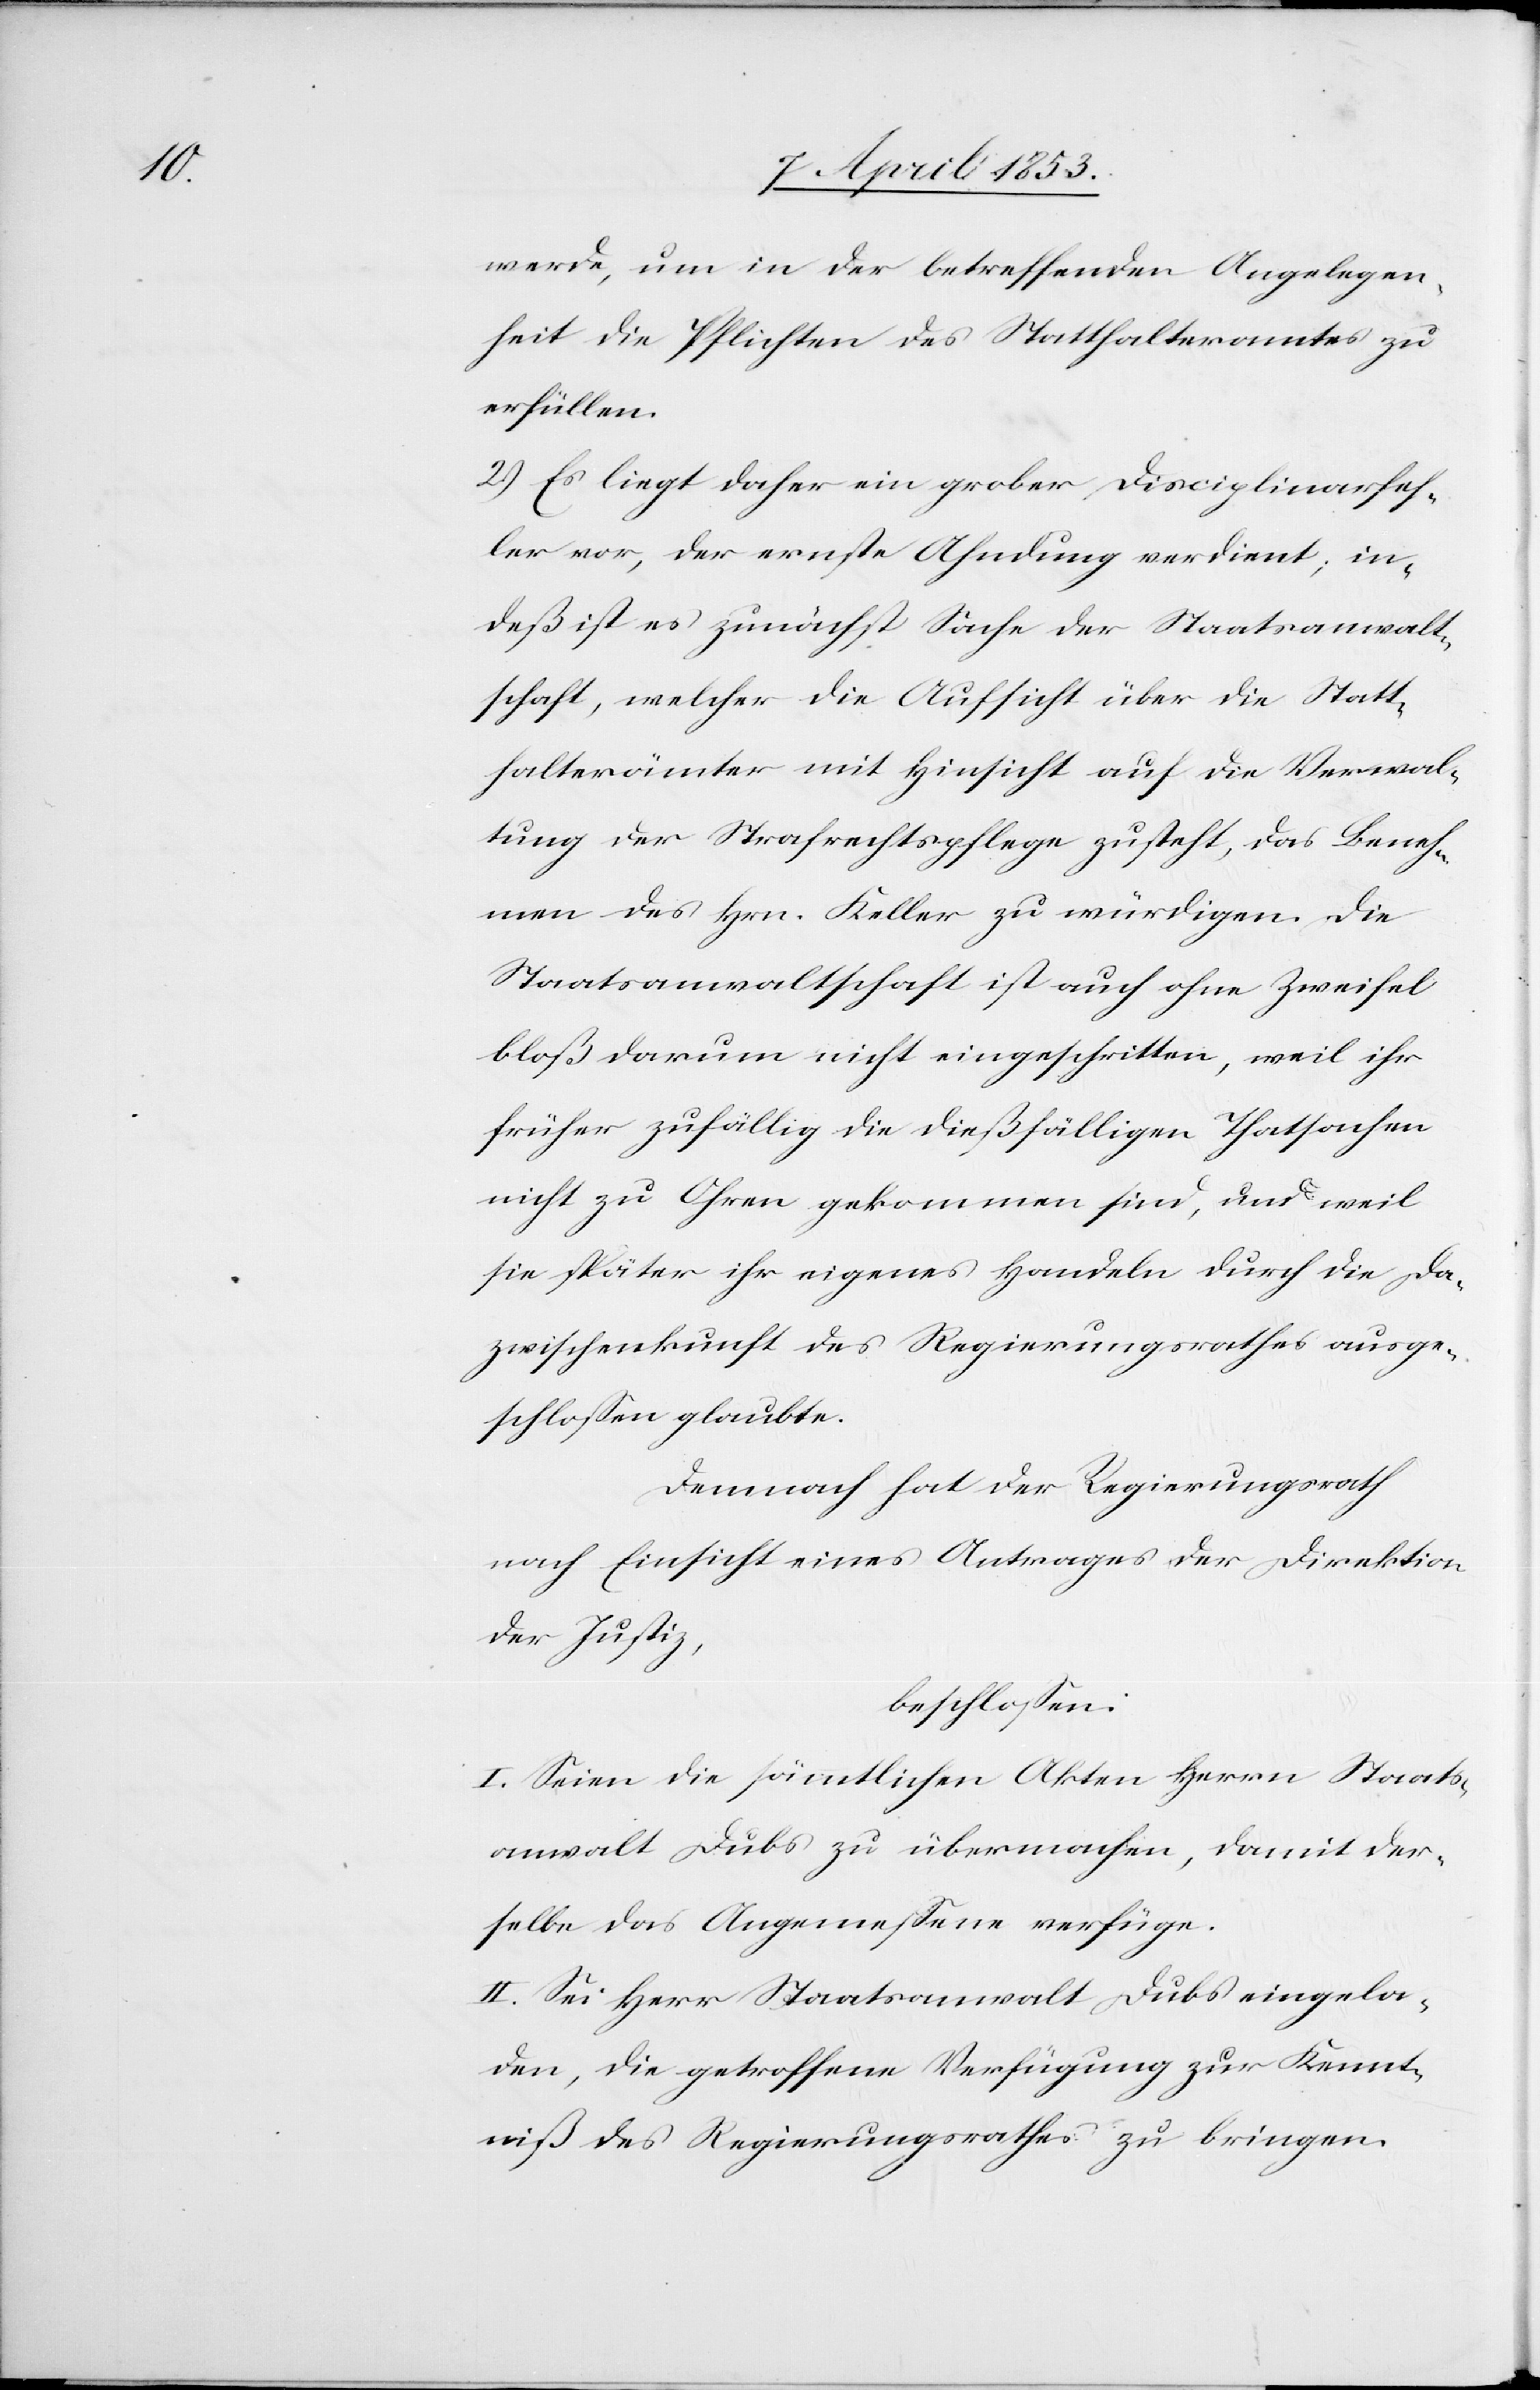
werde, um in der betreffenden Angelegen¬
heit die Pflichten des Statthalteramtes zu
erfüllen.
2.) Es liegt daher ein grober Disciplinarfeh¬
ler vor, der ernste Ahndung verdient, in¬
deß ist es zunächst Sache der Staatsanwalt¬
schaft, welcher die Aufsicht über die Statt¬
halterämter mit Hinsicht auf die Verwal¬
tung der Strafrechtspflege zusteht, das Beneh¬
men des Hrn. Keller zu würdigen. Die
Staatsanwaltschaft ist auch ohne Zweifel
bloß darum nicht eingeschritten, weil ihr
früher zufällig die dießfälligen Thatsachen
nicht zu Ohren gekommen sind, und weil
sie später ihr eigenes Handeln durch die Da¬
zwischenkunft des Regierungsrathes ausge¬
schloßen glaubte.
Demnach hat der Regierungsrath
nach Einsicht eines Antrages der Direktion
der Justiz,
beschloßen:
I. Seien die sämmtlichen Akten Herrn Staats¬
anwalt Dubs zu übermachen, damit der¬
selbe das Angemeßene verfüge.
II. Sei Herr Staatsanwalt Dubs eingela¬
den, die getroffene Verfügung zur Kennt¬
niß des Regierungsrathes zu bringen.